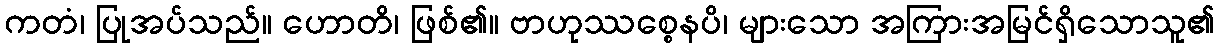
ကတံ၊ ပြုအပ်သည်။ ဟောတိ၊ ဖြစ်၏။ ဗာဟုဿစ္စေနပိ၊ များသော အကြားအမြင်ရှိသောသူ၏